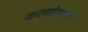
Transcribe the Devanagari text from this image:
करयोगमों